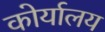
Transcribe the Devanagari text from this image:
कोर्यालय